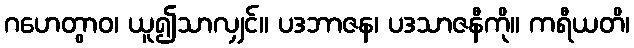
ဂဟေတွာဝ၊ ယူ၍သာလျှင်။ ပဒဘာဇန၊ ပဒသာဇနီကို။ ကရီယတိ၊